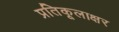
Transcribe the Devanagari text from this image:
प्रतिकूलाक्षर